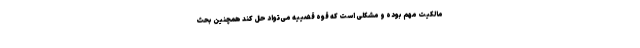
مالکیت مهم بوده و مشکلی است که قوه قضییه می‌تواد حل کند همچنین بحث